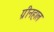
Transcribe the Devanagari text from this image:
ग्रीनहाल